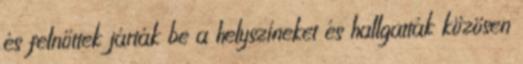
és felnőttek járták be a helyszíneket és hallgatták közösen